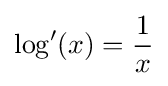
\log '(x)={\frac {1}{x}}